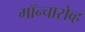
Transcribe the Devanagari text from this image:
गॉन्चारोव्ह